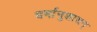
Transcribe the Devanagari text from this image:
धर्मानुशासन्